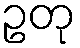
ဥတု